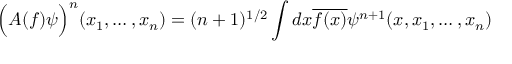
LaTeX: \Big ( A ( f ) \psi \Big ) ^ { n } ( x _ { 1 } , \ldots , x _ { n } ) = ( n + 1 ) ^ { 1 / 2 } \int d x \overline { { { f ( x ) } } } \psi ^ { n + 1 } ( x , x _ { 1 } , \ldots , x _ { n } )